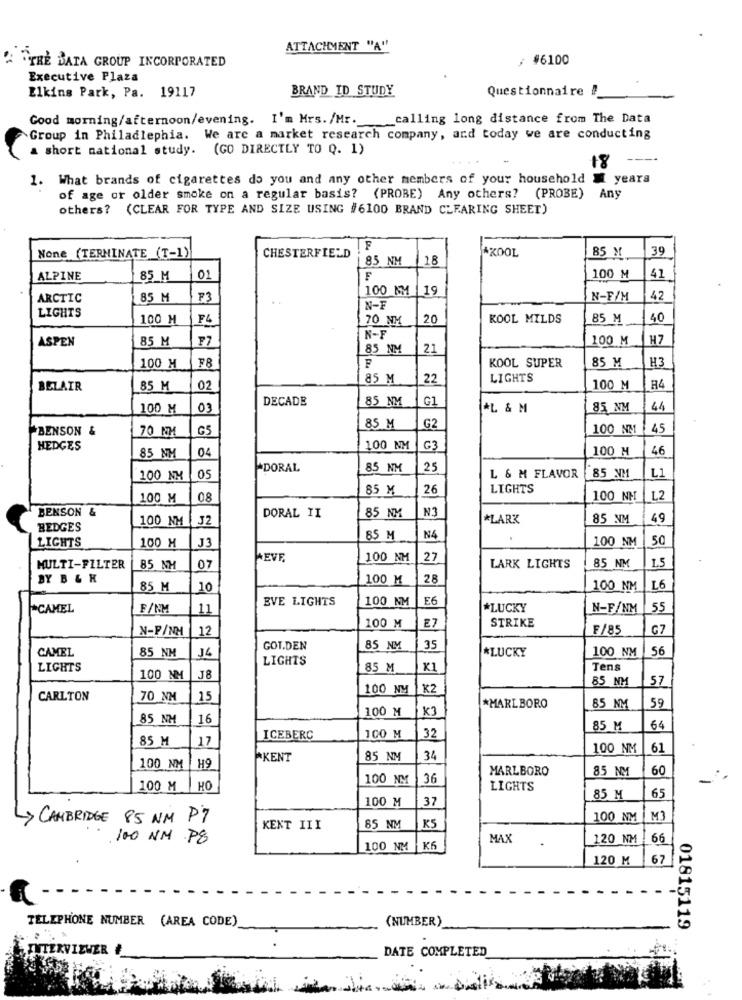
ATTACHMENT "A"
/ #6100
"TRE BATA GROUP INCORPORATED
Executive Plaza
Elkins Park, Pa. 19117
BRAND ID STUDY
Questionnaire !
Good morning/afternoon/evening. I'm Mrs. /Mr.
calling long distance from The Data
Group in Philadlephia. We are a market research company, and today we are conducting
a short national study. (GO DIRECTLY TO Q. 1)
18
1. What brands of cigarettes do you and any other members of your household _ years
of age or older smoke on a regular basis? (PROBE) Any others? (PROBE) Any
others? (CLEAR FOR TYPE AND SIZE USING #6100 BRAND CLEARING SHEET)
AKOOL
39
None (TERMINATE (T-1)
CHESTERFIELD
85 NM
18
85 M
ALPINE
85 M
F
100 M
41
100 NM
19
ARCTIC
85 M
F3
. .
N-F/M
42
N-F
LIGHTS
100 M
F4
70 NM
20
KOOL MILDS
85 M
40
ASPEN
85 M
F7
N-F
100 M
H7
85 NM
21
F8
H3
100 M
F
KOOL SUPER
85 M
85 M
22
LIGHTS
BELAIR
85 M
02
100 M
R4
DECADE
85 NM
G1
100 M
03
*L & M
85 NM
44
BENSON &
70 NM
65
85 M
G2
100 NM
45
HEDGES
85 NM
04
100 NM
G3
100 M
46
"DORAL
85 NM
25
100 NM
05
L & M FLAVOR
85 NM
L1
85 X
26
LIGHTS
100 M
08
100 NH
L2
BENSON &
N3
100 NM
32
DORAL II
85 NM
*LARK
85 NM
49
BEDGES
LIGHTS
100 H
85 M
N4
50
J3
100 NM
EVF.
100 NM
27
MULTI-FILTER
85 MM
07
LARK LIGHTS
85 NM
15
BY B & K
100 M
28
85 M
10
100 NM
L6
EVE LIGHTS
100 NM
E6
*CAMEL
F/NM
11
*LUCKY
N-F/NM
55
STRIKE
N-P/NM
12
100 M
ET
F/85
G7
CAMEL
85 NM
GOT.DEN
85 NM
35
*LUCKY
100 NM
56
J4
LIGHTS
LIGHTS
85 M
K1
Tens
100 NM
J8
85 NM
57
100 NM
X2
CARLTON
70 NM
15
59
100 M
x3
*MARLBORO
85 NM
85 NM
16
32
85 M
64
85 M
17
ICEBERC
100 M
100 NM
61
KENT
85 NM
34
100 NM
H9
MARLBORO
85 NM
60
100 NM
36
100 M
HO
LIGHTS
65
100 M
37
85 M
-> CAMBRIDGE 85 NM P7
KS
100 NM
M3
KENT III
85 NM
. 100 NM P8
MAX
120 NM
66
100 NM
K6
120 M
67
TELEPHONE NUMBER (AREA CODE)
(NUMBER)
01815119
WER
DATE COMPLETED